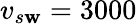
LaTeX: v_{s\mathbf{w}}=3000